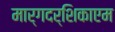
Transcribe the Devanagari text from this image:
मार्गदर्शिकाएम